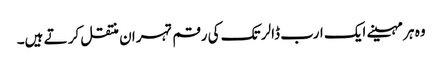
وہ ہر مہینے ایک ارب ڈالر تک کی رقم تہران منتقل کر تے ہیں۔